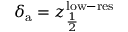
\delta _ { \mathrm { a } } = z _ { \frac { 1 } { 2 } } ^ { \mathrm { l o w - r e s } }